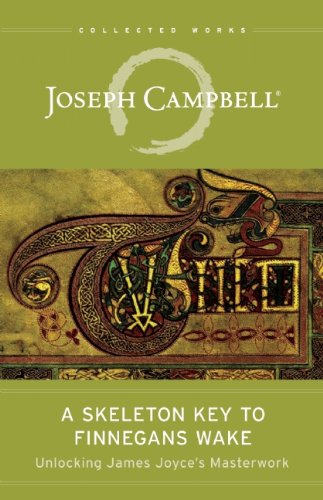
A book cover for A Skeleton Key to Finnegans Wake: Unlocking James Joyce's Masterwork (The Collected Works of Joseph Campbell); Joseph Campbell; Literature & Fiction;